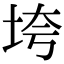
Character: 垮